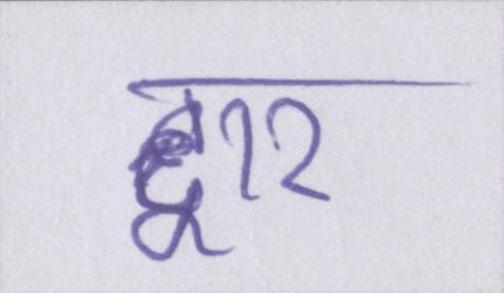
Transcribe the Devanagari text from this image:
द्वार